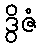
ဒွိဇံ